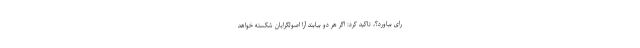
رای بیاورد؟، تاکید کرد: اگر هر دو بیایند آرا اصولگرایان شکسته خواهد